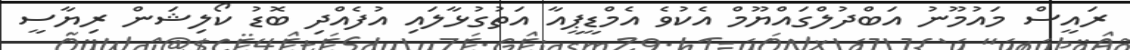
ރައީސް މައުމޫނު އަބްދުލްގައްޔޫމް އެކުވެ އެމްޑީޕީއާ އަތުގުޅާލައި އުފެއްދި ބޮޑު ކޯލިޝަން ރިޔާސީ